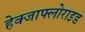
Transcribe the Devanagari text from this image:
हेक्जाफ्लोराइड